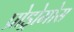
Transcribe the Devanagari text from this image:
प्रोड्रोमोस